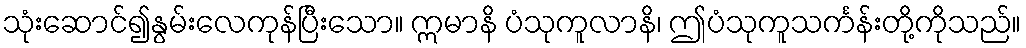
သုံးဆောင်၍နွမ်းလေကုန်ပြီးသော။ ဣမာနိ ပံသုကူလာနိ၊ ဤပံသုကူသင်္ကန်းတို့ကိုသည်။